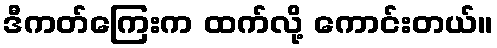
ဒီကတ်ကြေးက ထက်လို့ ကောင်းတယ်။